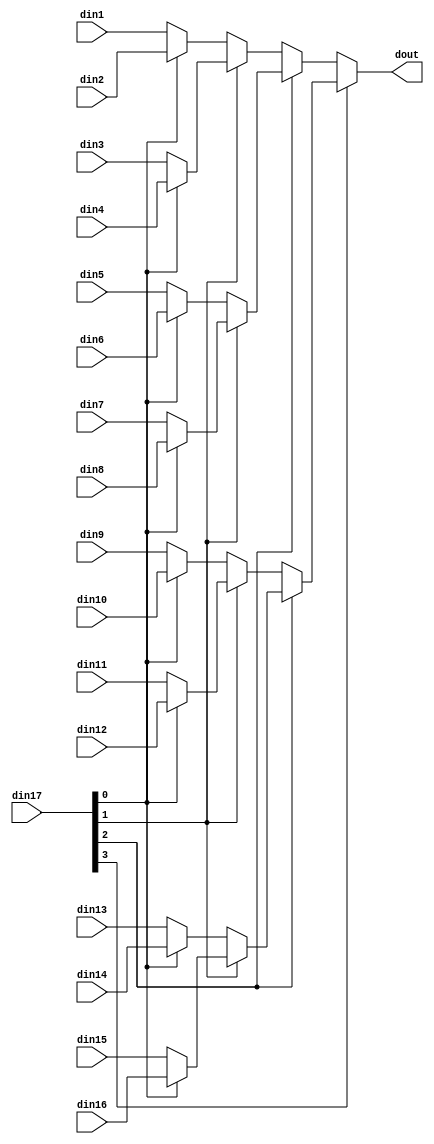
// ==============================================================
// File generated by Vivado(TM) HLS - High-Level Synthesis from C, C++ and SystemC
// Version: 2015.4
// Copyright (C) 2015 Xilinx Inc. All rights reserved.
// 
// ==============================================================


`timescale 1ns/1ps

module encode_mux_16to1_sel4_32_1 #(
parameter
    ID                = 0,
    NUM_STAGE         = 1,
    din1_WIDTH       = 32,
    din2_WIDTH       = 32,
    din3_WIDTH       = 32,
    din4_WIDTH       = 32,
    din5_WIDTH       = 32,
    din6_WIDTH       = 32,
    din7_WIDTH       = 32,
    din8_WIDTH       = 32,
    din9_WIDTH       = 32,
    din10_WIDTH       = 32,
    din11_WIDTH       = 32,
    din12_WIDTH       = 32,
    din13_WIDTH       = 32,
    din14_WIDTH       = 32,
    din15_WIDTH       = 32,
    din16_WIDTH       = 32,
    din17_WIDTH         = 32,
    dout_WIDTH            = 32
)(
    input  [31 : 0]     din1,
    input  [31 : 0]     din2,
    input  [31 : 0]     din3,
    input  [31 : 0]     din4,
    input  [31 : 0]     din5,
    input  [31 : 0]     din6,
    input  [31 : 0]     din7,
    input  [31 : 0]     din8,
    input  [31 : 0]     din9,
    input  [31 : 0]     din10,
    input  [31 : 0]     din11,
    input  [31 : 0]     din12,
    input  [31 : 0]     din13,
    input  [31 : 0]     din14,
    input  [31 : 0]     din15,
    input  [31 : 0]     din16,
    input  [3 : 0]    din17,
    output [31 : 0]   dout);

// puts internal signals
wire [3 : 0]     sel;
// level 1 signals
wire [31 : 0]         mux_1_0;
wire [31 : 0]         mux_1_1;
wire [31 : 0]         mux_1_2;
wire [31 : 0]         mux_1_3;
wire [31 : 0]         mux_1_4;
wire [31 : 0]         mux_1_5;
wire [31 : 0]         mux_1_6;
wire [31 : 0]         mux_1_7;
// level 2 signals
wire [31 : 0]         mux_2_0;
wire [31 : 0]         mux_2_1;
wire [31 : 0]         mux_2_2;
wire [31 : 0]         mux_2_3;
// level 3 signals
wire [31 : 0]         mux_3_0;
wire [31 : 0]         mux_3_1;
// level 4 signals
wire [31 : 0]         mux_4_0;

assign sel = din17;

// Generate level 1 logic
assign mux_1_0 = (sel[0] == 0)? din1 : din2;
assign mux_1_1 = (sel[0] == 0)? din3 : din4;
assign mux_1_2 = (sel[0] == 0)? din5 : din6;
assign mux_1_3 = (sel[0] == 0)? din7 : din8;
assign mux_1_4 = (sel[0] == 0)? din9 : din10;
assign mux_1_5 = (sel[0] == 0)? din11 : din12;
assign mux_1_6 = (sel[0] == 0)? din13 : din14;
assign mux_1_7 = (sel[0] == 0)? din15 : din16;

// Generate level 2 logic
assign mux_2_0 = (sel[1] == 0)? mux_1_0 : mux_1_1;
assign mux_2_1 = (sel[1] == 0)? mux_1_2 : mux_1_3;
assign mux_2_2 = (sel[1] == 0)? mux_1_4 : mux_1_5;
assign mux_2_3 = (sel[1] == 0)? mux_1_6 : mux_1_7;

// Generate level 3 logic
assign mux_3_0 = (sel[2] == 0)? mux_2_0 : mux_2_1;
assign mux_3_1 = (sel[2] == 0)? mux_2_2 : mux_2_3;

// Generate level 4 logic
assign mux_4_0 = (sel[3] == 0)? mux_3_0 : mux_3_1;

// output logic
assign dout = mux_4_0;

endmodule